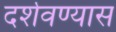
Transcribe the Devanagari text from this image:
दर्शवण्यास